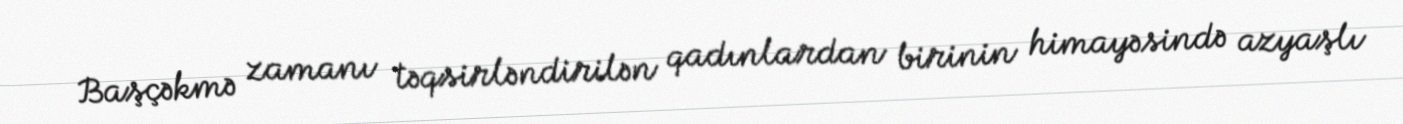
Başçəkmə zamanı təqsirləndirilən qadınlardan birinin himayəsində azyaşlı